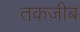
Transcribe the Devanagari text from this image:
तकज़ीब